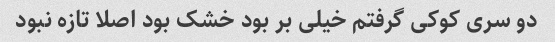
دو سری کوکی گرفتم خیلی بر بود خشک بود اصلا تازه نبود